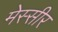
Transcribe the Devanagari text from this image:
मेस्सीर